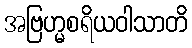
အဗြဟ္မစရိယဝါသာတိ